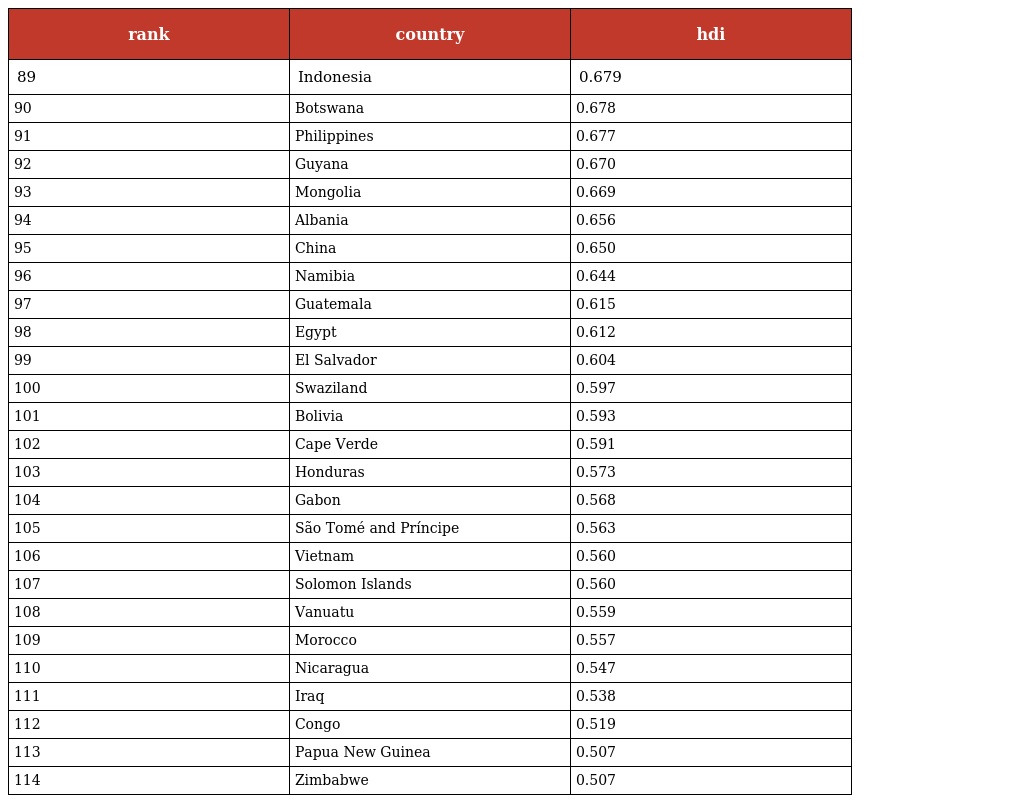
| rank | country | hdi |
 | --- | --- | --- |
 | 89 | Indonesia | 0.679 |
 | 90 | Botswana | 0.678 |
 | 91 | Philippines | 0.677 |
 | 92 | Guyana | 0.670 |
 | 93 | Mongolia | 0.669 |
 | 94 | Albania | 0.656 |
 | 95 | China | 0.650 |
 | 96 | Namibia | 0.644 |
 | 97 | Guatemala | 0.615 |
 | 98 | Egypt | 0.612 |
 | 99 | El Salvador | 0.604 |
 | 100 | Swaziland | 0.597 |
 | 101 | Bolivia | 0.593 |
 | 102 | Cape Verde | 0.591 |
 | 103 | Honduras | 0.573 |
 | 104 | Gabon | 0.568 |
 | 105 | São Tomé and Príncipe | 0.563 |
 | 106 | Vietnam | 0.560 |
 | 107 | Solomon Islands | 0.560 |
 | 108 | Vanuatu | 0.559 |
 | 109 | Morocco | 0.557 |
 | 110 | Nicaragua | 0.547 |
 | 111 | Iraq | 0.538 |
 | 112 | Congo | 0.519 |
 | 113 | Papua New Guinea | 0.507 |
 | 114 | Zimbabwe | 0.507 |